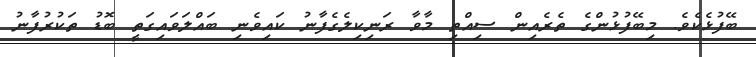
ބޭފުޅެކެވެ. މިބޭފުޅުންގެ ތެރެއިން ސިއްތި މާވާ ރަނިކިލެގެފާނު ކައިވެނި ބައްލަވައިގަތީ ބޮޑު ތަކުރުފާނު